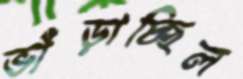
ভাঁড়াচ্ছিল